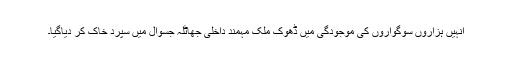
انہیں ہزاروں سوگواروں کی موجودگی میں ڈھوک ملک مہمند داخلی جھاٹلہ جسوال میں سپرد خاک کر دیاگیا۔